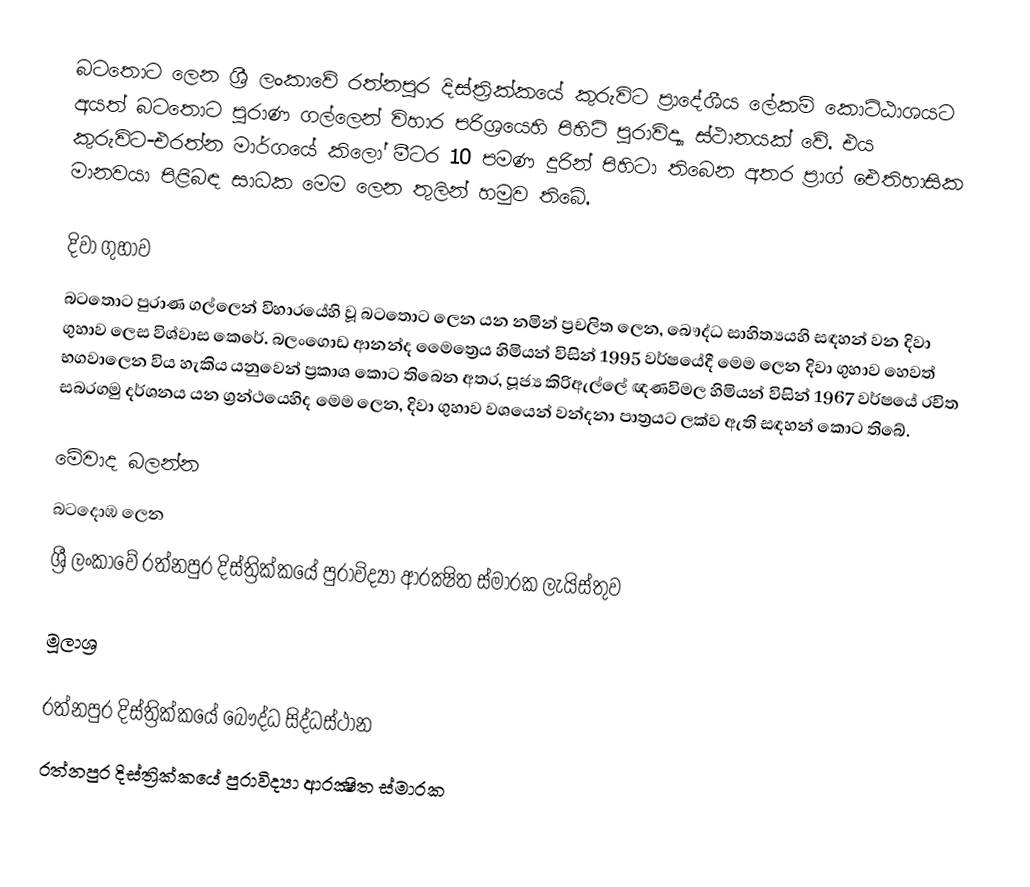
බටතොට ලෙන ශ්‍රී ලංකාවේ රත්නපුර දිස්ත්‍රික්කයේ කුරුවිට ප්‍රාදේශීය ලේකම් කොට්ඨාශයට අයත් බටතොට පුරාණ ගල්ලෙන් විහාර පරිශ්‍රයෙහි පිහිටි පුරාවිද්‍යා ස්ථානයක් වේ. එය කුරුවිට-එරත්න මාර්ගයේ කිලෝ මීටර 10 පමණ දුරින් පිහිටා තිබෙන අතර ප්‍රාග් ඓතිහාසික මානවයා පිළිබඳ සාධක මෙම ලෙන තුලින් හමුව තිබේ.

දිවා ගුහාව
බටතොට පුරාණ ගල්ලෙන් විහාරයේහි වූ බටතොට ලෙන යන නමින් ප්‍රචලිත ලෙන, බෞද්ධ සාහිත්‍යයහි සඳහන් වන දිවා ගුහාව ලෙස විශ්වාස කෙරේ. බලංගොඩ ආනන්ද මෛත්‍රෙය හිමියන් විසින් 1995 වර්ෂයේදී මෙම ලෙන දිවා ගුහාව හෙවත් භගවාලෙන විය හැකිය යනුවෙන් ප්‍රකාශ කොට තිබෙන අතර, පූජ්‍ය කිරිඇල්ලේ ඥණවිමල හිමියන් විසින් 1967 වර්ෂයේ රචිත සබරගමු දර්ශනය යන ග්‍රන්ථයෙහිද මෙම ලෙන, දිවා ගුහාව වශයෙන් වන්දනා පාත්‍රයට ලක්ව ඇති සඳහන් කොට තිබේ.

මේවාද බලන්න
බටදොඹ ලෙන
ශ්‍රී ලංකාවේ රත්නපුර දිස්ත්‍රික්කයේ පුරාවිද්‍යා ආරක්‍ෂිත ස්මාරක ලැයිස්තුව

මූලාශ්‍ර

රත්නපුර දිස්ත්‍රික්කයේ බෞද්ධ සිද්ධස්ථාන‎
රත්නපුර දිස්ත්‍රික්කයේ පුරාවිද්‍යා ආරක්‍ෂිත ස්මාරක